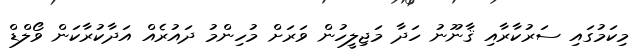
މިކަމުގައި ސަރުކާރާއި ޤާނޫނު ހަދާ މަޖިލީހުން ވަރަށް މުހިންމު ދައުރެއް އަދާކުރާކަން ވޯލްޑް